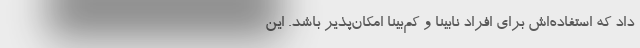
داد که استفاده‌اش برای افراد نابینا و کم‌بینا امکان‌پذیر باشد. این